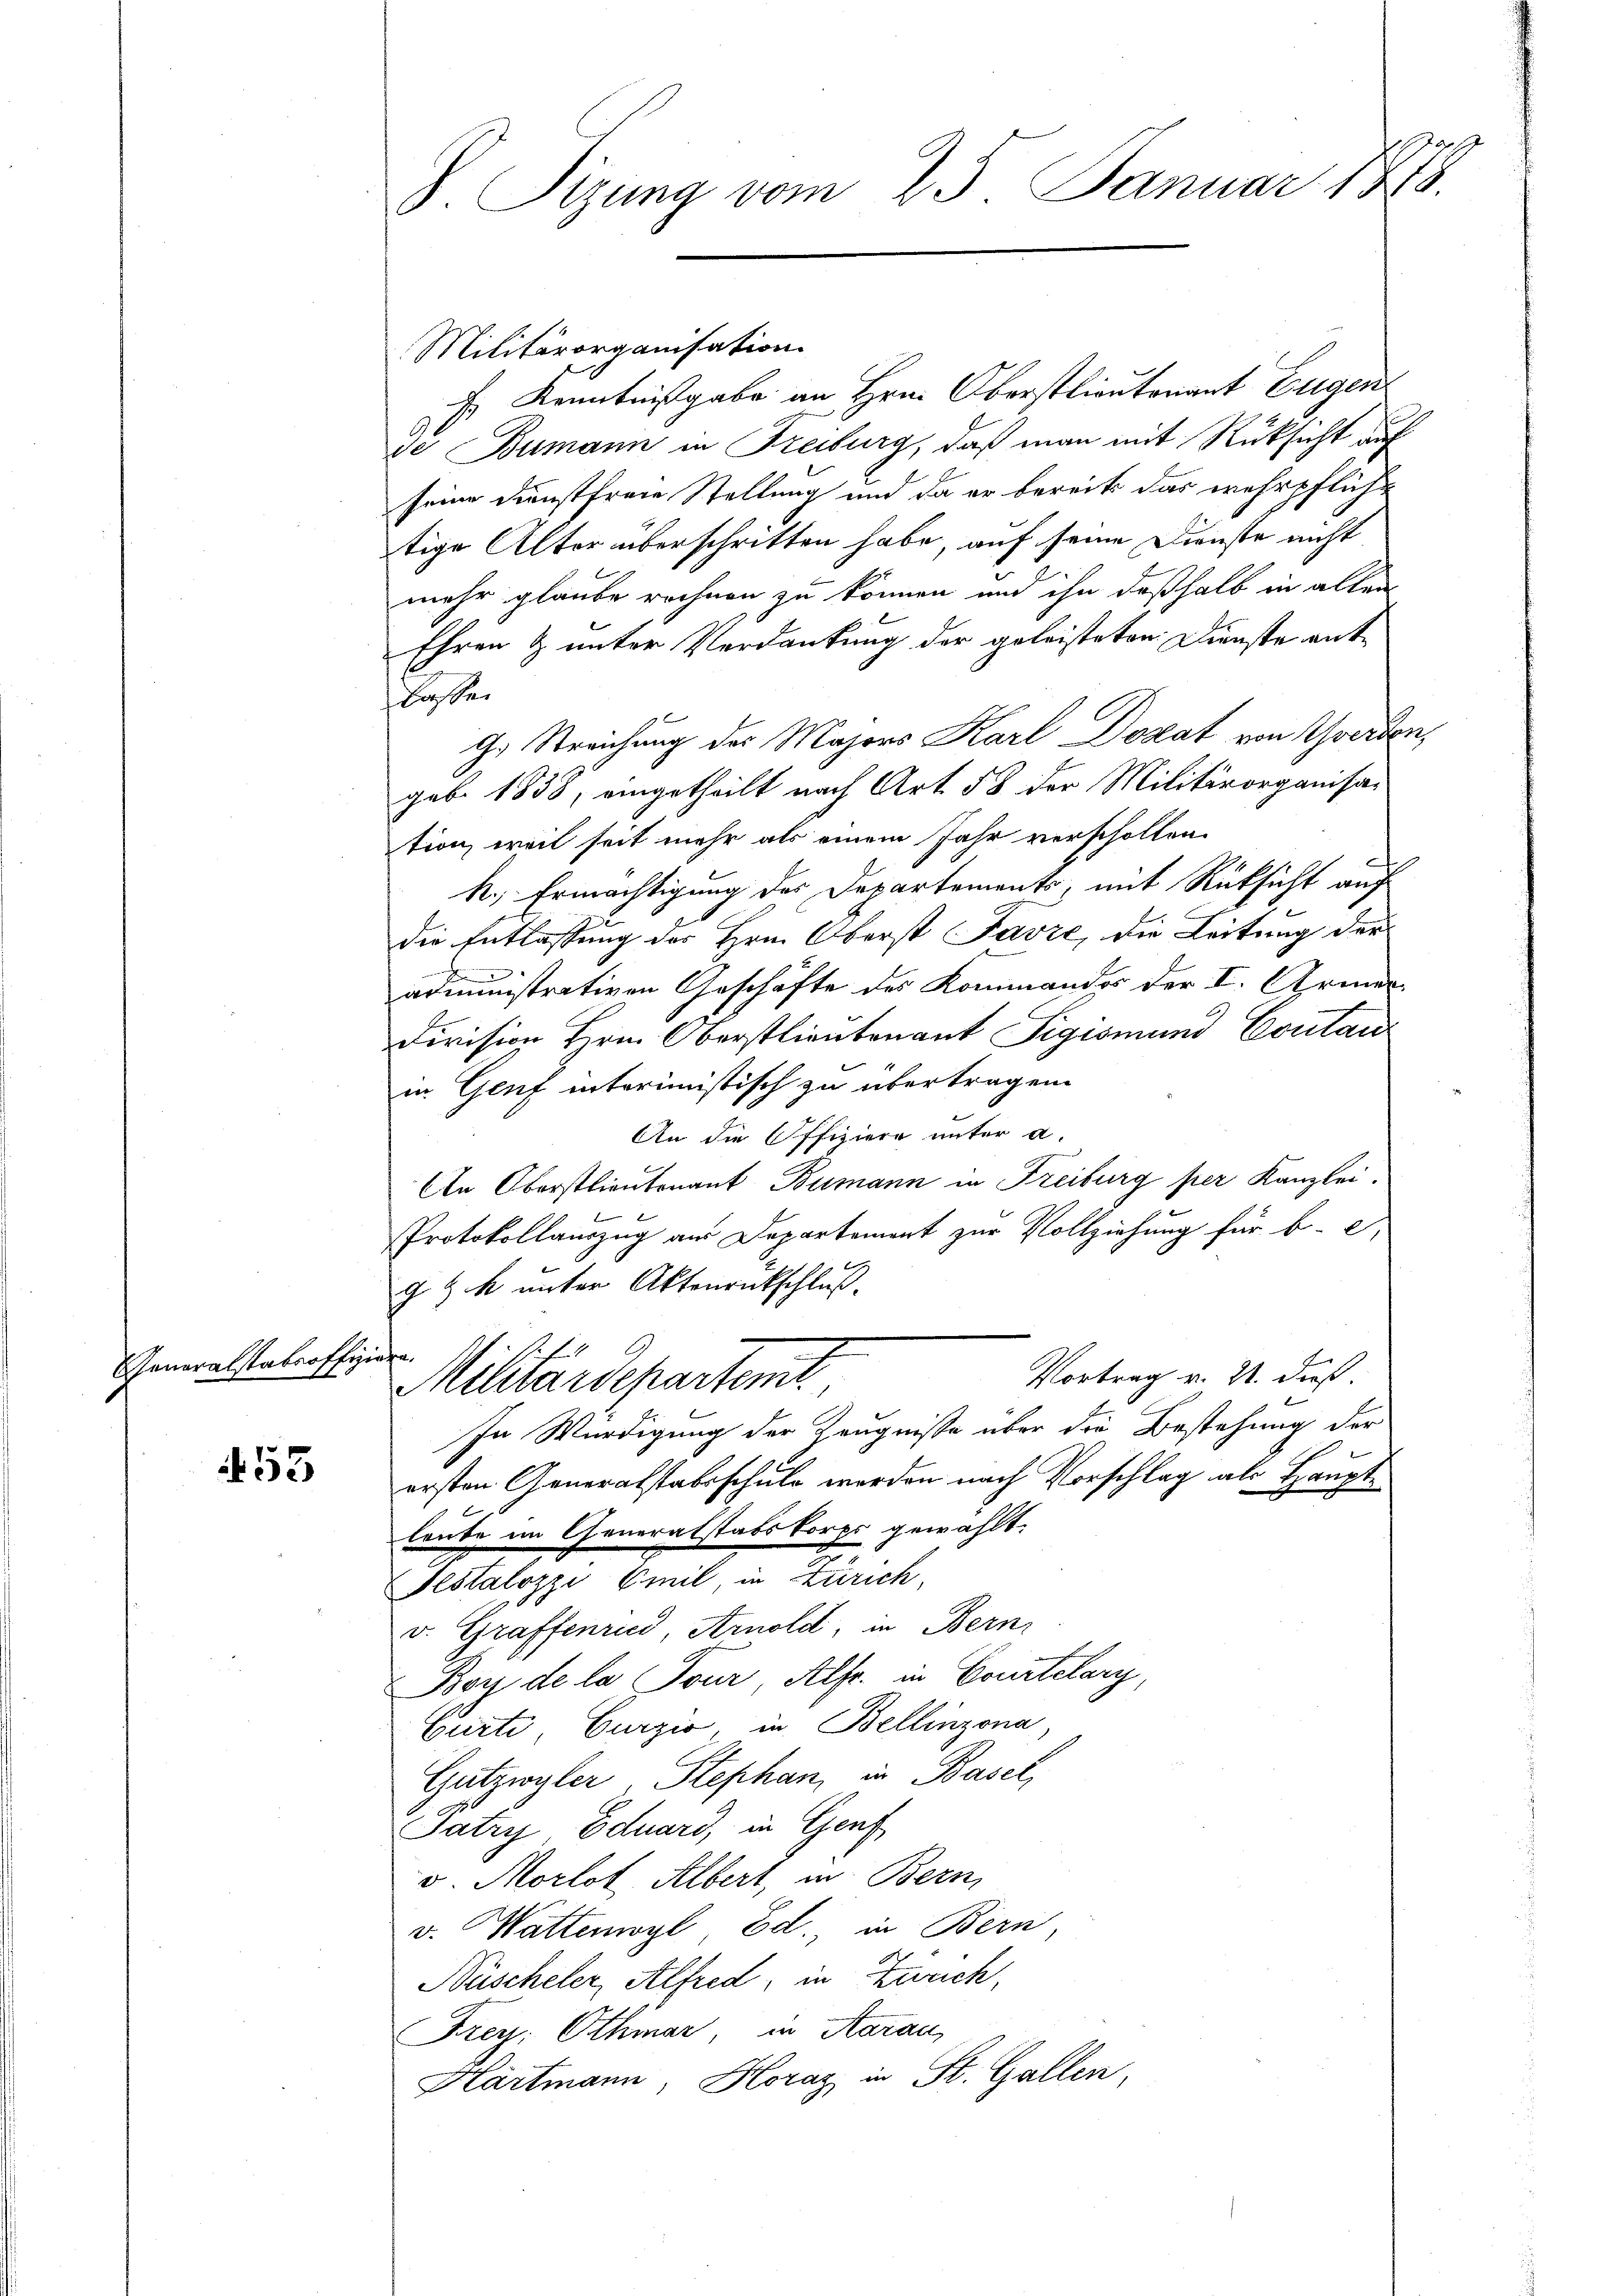
Generalstabsoffiziere,

453

V Sizung vom 25. Januar 1873.

Militärorganisation
E. Kenntnißgabe an Hrn. Oberstlieutenant Eugen
de Bumann in Freiburg, daß man mit Rücksicht auf
seine Dienstfreie Stellung und da er bereits das wehrpflicht
tige Alter überschritten habe, auf seine Dienste nicht
mehr glaube rechnen zu können und ihn deßhalb in allen
Ehren & unter Verdankung der geleisteten Dienste ent-
lassen
f
G. Streichung des Majors Karl Dozat von Werden,
geb. 1838, eingetheilt nach Art 58 der Militärorganisation, weil seit mehr als einem Jahr verscholten
k., Ermächtigung des Departements, mit Rücksicht auf
die Entlassung der Hrn. Oberst Favre, die Leitung der
administrativen Geschäfte des Kommandos der I. Armen¬
Division Hrn. Oberstlieutenant Sigismund Contan
in Genf interimistisch zu übertragen.
An die Offiziere unter a.
An Oberstlieutenant Bumann in Freiburg per Kanzlei.

Protokollauszug aus Departement zur Vollziehung für b. S.
g & k unter Aktenrückschluß.
Vortrag v. 21. dieß.
Militärdepartemt.
In Würdigung der Zeugnisse über die Bestehung der
ersten Generalstabsschuld werden nach Vorschlag als Hauptlaube im Generalstabskorps gewählt.
Testalozzi Emil, in Zürich,
v. Graffenried, Arnold, in Bern,
Boy de la Tour, Alfr. in Courtelary,
Curti, Curzio, in Bellinzona
Gutzwyler, Stephan, in Basel,
Tatry Eduard, in Genf
v. Morlot Albert, in Bern,
v. Wattenwyl Ed in Bern,
Nüscheler, Alfred, in Zürich,
Frey Othmar, in Aarau
Hartmann, Horaz in St. Gallen,